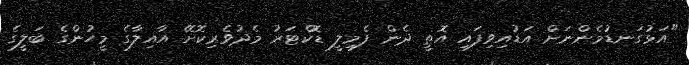
"އަޅުގަނޑުމެންނަށް އަޑުއިވިފައި އޮތީ ދެން ފެމިލީ ޑޮކްޓަރު މެދުވެރިކޮށޭ އާއިލާގެ މީހުންގެ ބަލީގެ